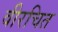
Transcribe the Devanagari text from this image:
वीरचित